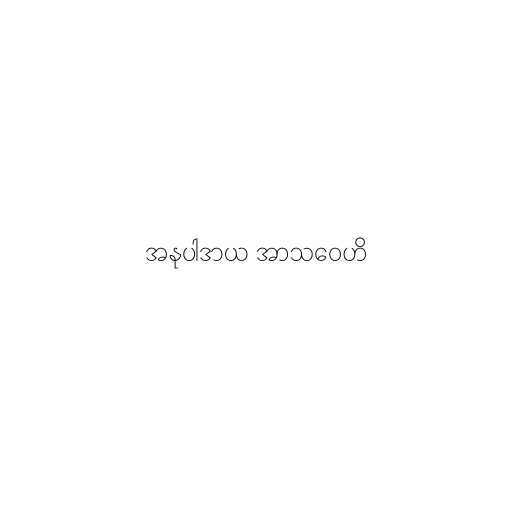
အနုပါဒာယ အာသဝေဟိ